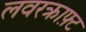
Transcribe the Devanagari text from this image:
लवरक्राफ़्ट